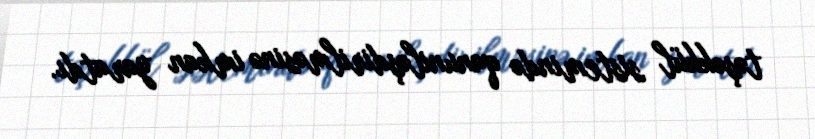
təşəkkül sistemində qanuniləşdirilməsinə imkan yaratdı.